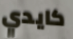
كايدي